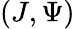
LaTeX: (J,\Psi)